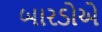
બારડોએ